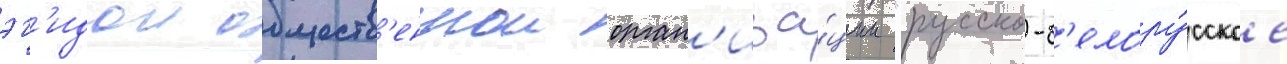
эг'идои обществ'еннои орган'иза́ции "русско-б'елору́сское